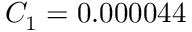
C _ { 1 } = 0 . 0 0 0 0 4 4